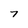
Character: 7